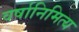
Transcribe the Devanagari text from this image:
वर्षानिमित्‍य